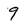
Character: 9